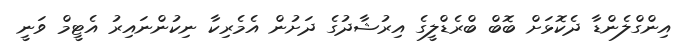
އިންގްލެންޑާ ދެކޮޅަށް ބޮބް ބްރެޑްލީގެ އިރުޝާދުގެ ދަށުން އެމެރިކާ ނިކުންނައިރު އެޓީމް ވަނީ